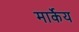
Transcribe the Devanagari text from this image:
मार्केय